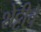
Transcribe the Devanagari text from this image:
शेट्टीचे